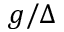
g / \Delta